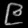
Digit: ၉